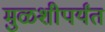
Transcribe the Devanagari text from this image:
मुळशीपर्यंत